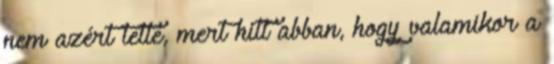
nem azért tette, mert hitt abban, hogy valamikor a